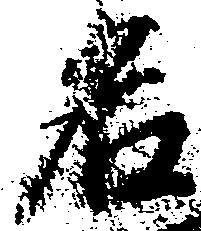
名